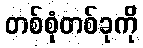
တစ်စုံတစ်ခုကို